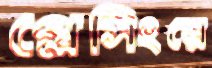
প্লেসিংয়ে